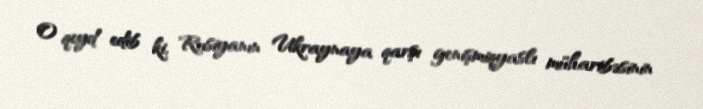
O qeyd edib ki, Rusiyanın Ukraynaya qarşı genişmiqyaslı müharibəsinin